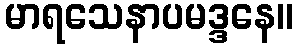
မာရသေနာပမဒ္ဒနေ။